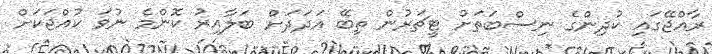
ރާއްޖޭގައި ކުދިންގެ ނިސްބަތަށް ޓީޗަރުން ތިބޭ އަދަދަށް ބަލާއިރު ކޮންމެ ނުވަ ކުއްޖަކަށް